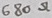
Text: 680Ω